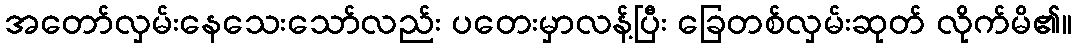
အတော်လှမ်းနေသေးသော်လည်း ပတေးမှာလန့်ပြီး ခြေတစ်လှမ်းဆုတ် လိုက်မိ၏။